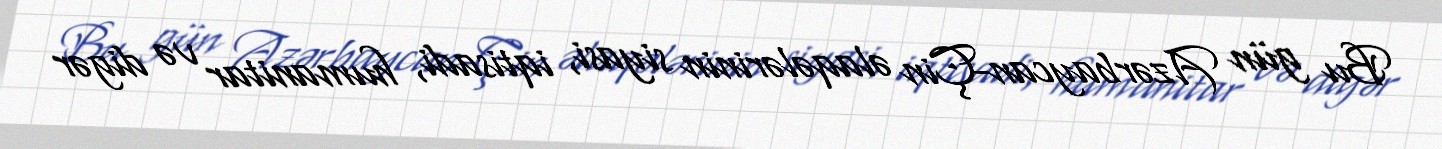
Bu gün Azərbaycan-Çin əlaqələrinin siyasi, iqtisadi, humanitar və digər